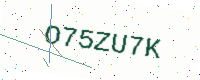
Text: O75ZU7K